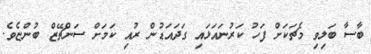
ބާސާ ބަލިވި މެޗަކަށް ފަހު ކަރުނައަޅައި ގަދައަޑުން ރުއި ކަމަށް ސަންޗޭޒް ބުންޏެވެ.